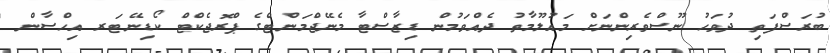
ބުރަސްފަތި ދުވަހު ނޫސްވެރިންނަށް މައުލޫމާތު ދެއްވަމުން ޑިޒާސްޓާ މެނޭޖްމަންޓްގެ ޕްރޮޖެކްޓް ކޯޑިނޭޓަރ އިހްސާން